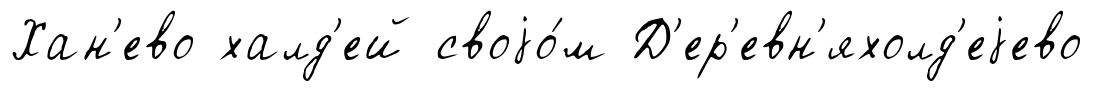
Хан'ево халд'ей своjо́м Д'ер'евн'яхолд'еjево